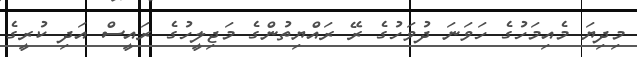
މިދިޔަ މެއިމަހުގެ ހަވަނަ ދުވަހުގެ ރޭ ރައްޔިތުންގެ މަޖިލީހުގެ ރައީސް އަދި ކުރީގެ